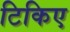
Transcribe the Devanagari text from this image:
टिकिए